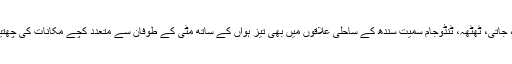
بدین، کڈن، جاتی، ٹھٹھہ، ٹنڈوجام سمیت سندھ کے ساحلی علاقوں میں بھی تیز ہواں کے ساتھ مٹی کے طوفان سے متعدد کچے مکانات کی چھتیں اڑ گئیں۔